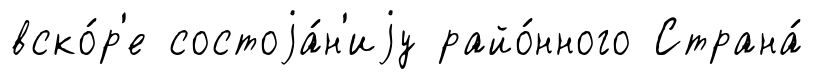
вско́р'е состоjа́н'иjу райо́нного Страна́